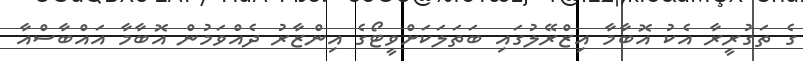
ގެ ތަގުރީރާ އެކު އޮބާމާ އިޒްރޭލުގައި ބަތަލަކަށްވީޓޯގެ އިންޒާރު ދެއްވަމުން އޮބާމާ އައްބާސްއާ